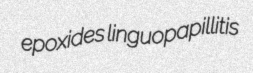
epoxides linguopapillitis